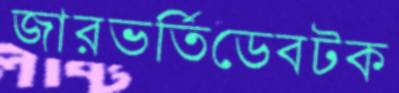
জারভর্তিডেবটক